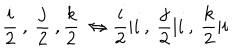
\frac { i } { 2 } \: , \: \frac { j } { 2 } \: , \frac { k } { 2 } \: \Leftrightarrow \frac { i } { 2 } \vert i \: , \: \frac { j } { 2 } \vert i \: , \: \frac { k } { 2 } \vert i